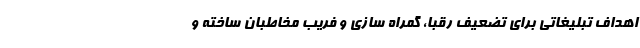
اهداف تبلیغاتی برای تضعیف رقبا، گمراه سازی و فریب مخاطبان ساخته و